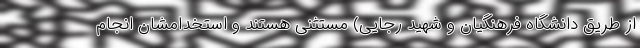
از طریق دانشگاه فرهنگیان و شهید رجایی) مستثنی هستند و استخدامشان انجام